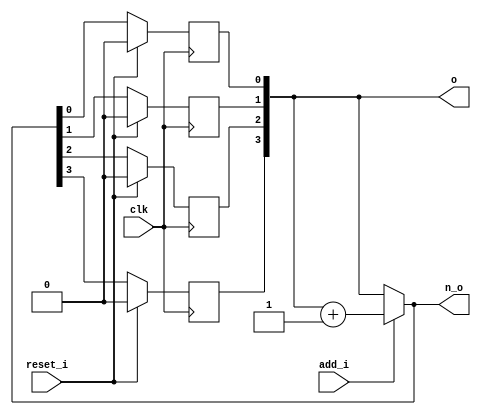
// This program was cloned from: https://github.com/NYU-MLDA/OpenABC
// License: BSD 3-Clause "New" or "Revised" License

module bsg_circular_ptr_slots_p16_max_add_p1
(
  clk,
  reset_i,
  add_i,
  o,
  n_o
);

  input [0:0] add_i;
  output [3:0] o;
  output [3:0] n_o;
  input clk;
  input reset_i;
  wire [3:0] o,n_o,genblk1_genblk1_ptr_r_p1;
  wire N0,N1,N2;
  reg o_3_sv2v_reg,o_2_sv2v_reg,o_1_sv2v_reg,o_0_sv2v_reg;
  assign o[3] = o_3_sv2v_reg;
  assign o[2] = o_2_sv2v_reg;
  assign o[1] = o_1_sv2v_reg;
  assign o[0] = o_0_sv2v_reg;

  always @(posedge clk) begin
    if(reset_i) begin
      o_3_sv2v_reg <= 1'b0;
    end else if(1'b1) begin
      o_3_sv2v_reg <= n_o[3];
    end 
  end


  always @(posedge clk) begin
    if(reset_i) begin
      o_2_sv2v_reg <= 1'b0;
    end else if(1'b1) begin
      o_2_sv2v_reg <= n_o[2];
    end 
  end


  always @(posedge clk) begin
    if(reset_i) begin
      o_1_sv2v_reg <= 1'b0;
    end else if(1'b1) begin
      o_1_sv2v_reg <= n_o[1];
    end 
  end


  always @(posedge clk) begin
    if(reset_i) begin
      o_0_sv2v_reg <= 1'b0;
    end else if(1'b1) begin
      o_0_sv2v_reg <= n_o[0];
    end 
  end

  assign genblk1_genblk1_ptr_r_p1 = o + 1'b1;
  assign n_o = (N0)? genblk1_genblk1_ptr_r_p1 : 
               (N1)? o : 1'b0;
  assign N0 = add_i[0];
  assign N1 = N2;
  assign N2 = ~add_i[0];

endmodule